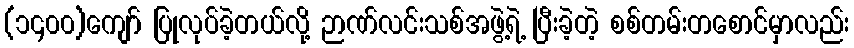
(၁၄၀၀)ကျော် ပြုလုပ်ခဲ့တယ်လို့ ဉာဏ်လင်းသစ်အဖွဲ့ရဲ့ ပြီးခဲ့တဲ့ စစ်တမ်းတစောင်မှာလည်း